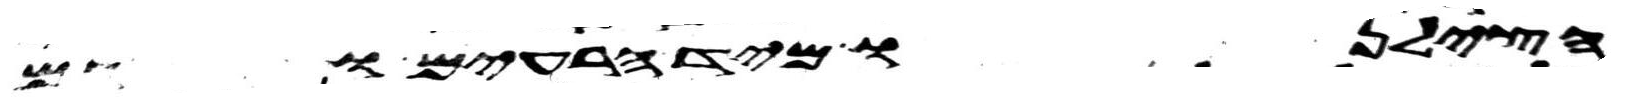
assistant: הצילנו מיד הרעים וגם